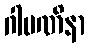
ဂါမဏိနာ